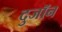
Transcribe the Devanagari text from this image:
दुजॉन